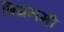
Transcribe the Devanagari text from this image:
बिगनमी